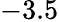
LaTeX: -3.5